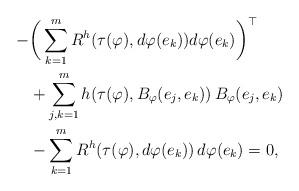
LaTeX: \begin{align*}-&\bigg(\sum_{k=1}^mR^h(\tau(\varphi),d\varphi(e_k))d\varphi(e_k)\bigg)^{\top}\\&+\sum_{j,k=1}^mh(\tau(\varphi),B_{\varphi}(e_j,e_k))\,B_{\varphi}(e_j,e_k)\\&-\sum_{k=1}^mR^h(\tau(\varphi),d\varphi(e_k))\,d\varphi(e_k)=0, \end{align*}